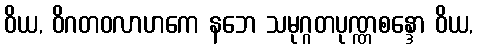
ဝိယ, ဝိဂတဝလာဟကေ နဘေ သမုဂ္ဂတပုဏ္ဏစန္ဒော ဝိယ,